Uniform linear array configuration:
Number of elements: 16
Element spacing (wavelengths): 0.25
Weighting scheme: hann
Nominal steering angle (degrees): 45
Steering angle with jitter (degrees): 45.825
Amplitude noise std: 0.05
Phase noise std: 0.05

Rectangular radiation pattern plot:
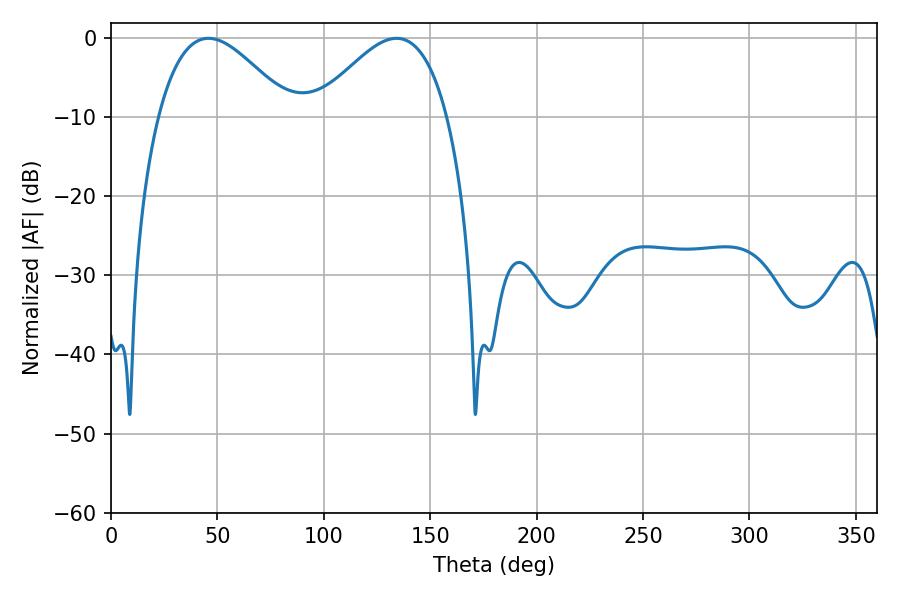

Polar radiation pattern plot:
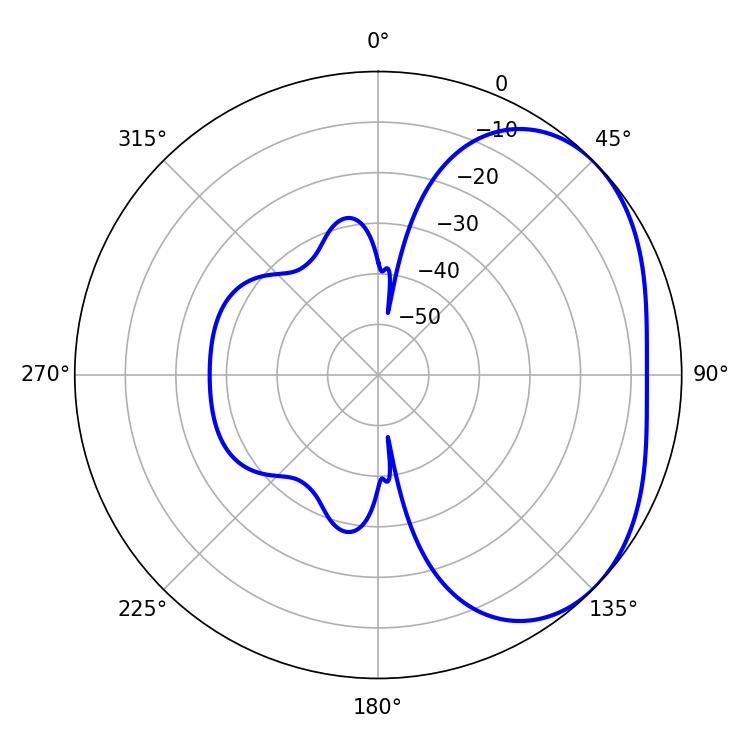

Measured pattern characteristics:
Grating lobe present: FALSE
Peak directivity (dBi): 3.09
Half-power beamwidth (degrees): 33.66
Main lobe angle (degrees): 45.72